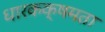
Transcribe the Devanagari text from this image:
धारकक्षमता